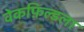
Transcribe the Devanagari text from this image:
वेकफ़िल्डला